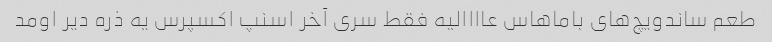
طعم ساندویچ‌های باماهاس عاااالیه فقط سری آخر اسنپ اکسپرس یه ذره دیر اومد